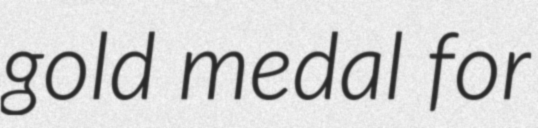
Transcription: gold medal for